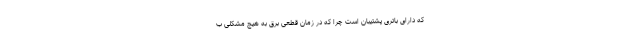
که دارای باتری پشتیبان است چرا که در زمان قطعی برق به هیچ مشکلی ب